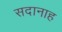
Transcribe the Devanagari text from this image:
सदानाह